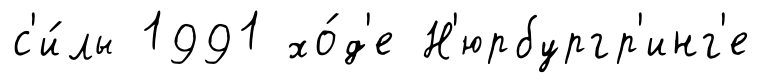
с'и́лы 1991 хо́д'е Н'юрбургр'инг'е